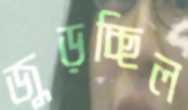
জুড়চ্ছিল